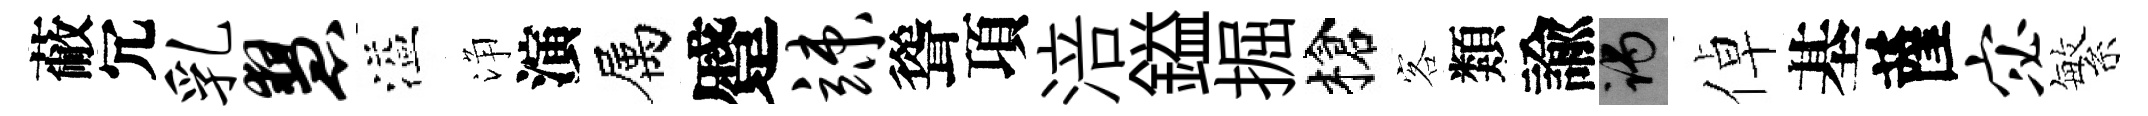
蔽冗乳慧溢浄演属蹙竦聳項涪鎰掘槍客類諭谒倬基薩宓繁